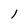
Character: 1